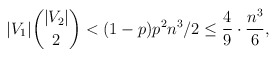
\begin{align*}|V_1| \binom{|V_2|}2< (1-p)p^2 n^3/2 \le \frac 49 \cdot \frac{n^3}{6},\end{align*}